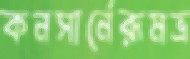
কনসার্নেরূমভ্র